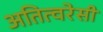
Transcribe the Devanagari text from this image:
अतित्वरेसी